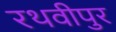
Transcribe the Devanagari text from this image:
रथवीपुर